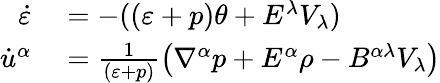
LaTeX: \begin{array}{rl}{\dot{\varepsilon}}&{{}=-((\varepsilon+p)\theta+E^{\lambda}V_{\lambda})}\\ {\dot{u}^{\alpha}}&{{}=\frac{1}{(\varepsilon+p)}\left(\nabla^{\alpha}p+E^{\alpha}\rho-B^{\alpha\lambda}V_{{\lambda}}\right)}\end{array}